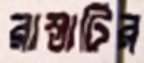
রাস্তাটির